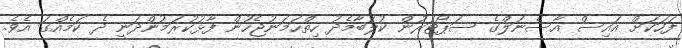
ފަހަކަށް އައިސް އާސެނަލްގެ ސަޕޯޓަރުން ކުލަބާމެދު ހިތްހަމަނުޖެހުން ފާޅުކުރަމުންދަނީ ދެ ކަމެއްގަ އެވެ.